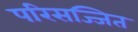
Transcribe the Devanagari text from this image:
परिसज्जित